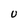
Character: U